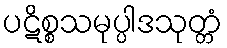
ပဋိစ္စသမုပ္ပါဒသုတ္တံ